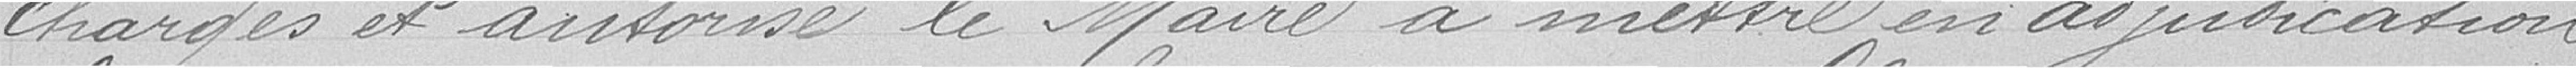
charges et autorise le Maire à mettre en adjudication